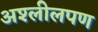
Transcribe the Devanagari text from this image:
अश्लीलपण